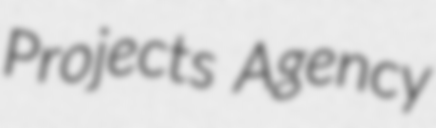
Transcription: Projects Agency